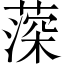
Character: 𦸂